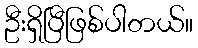
ဦးရှိပြီဖြစ်ပါတယ်။